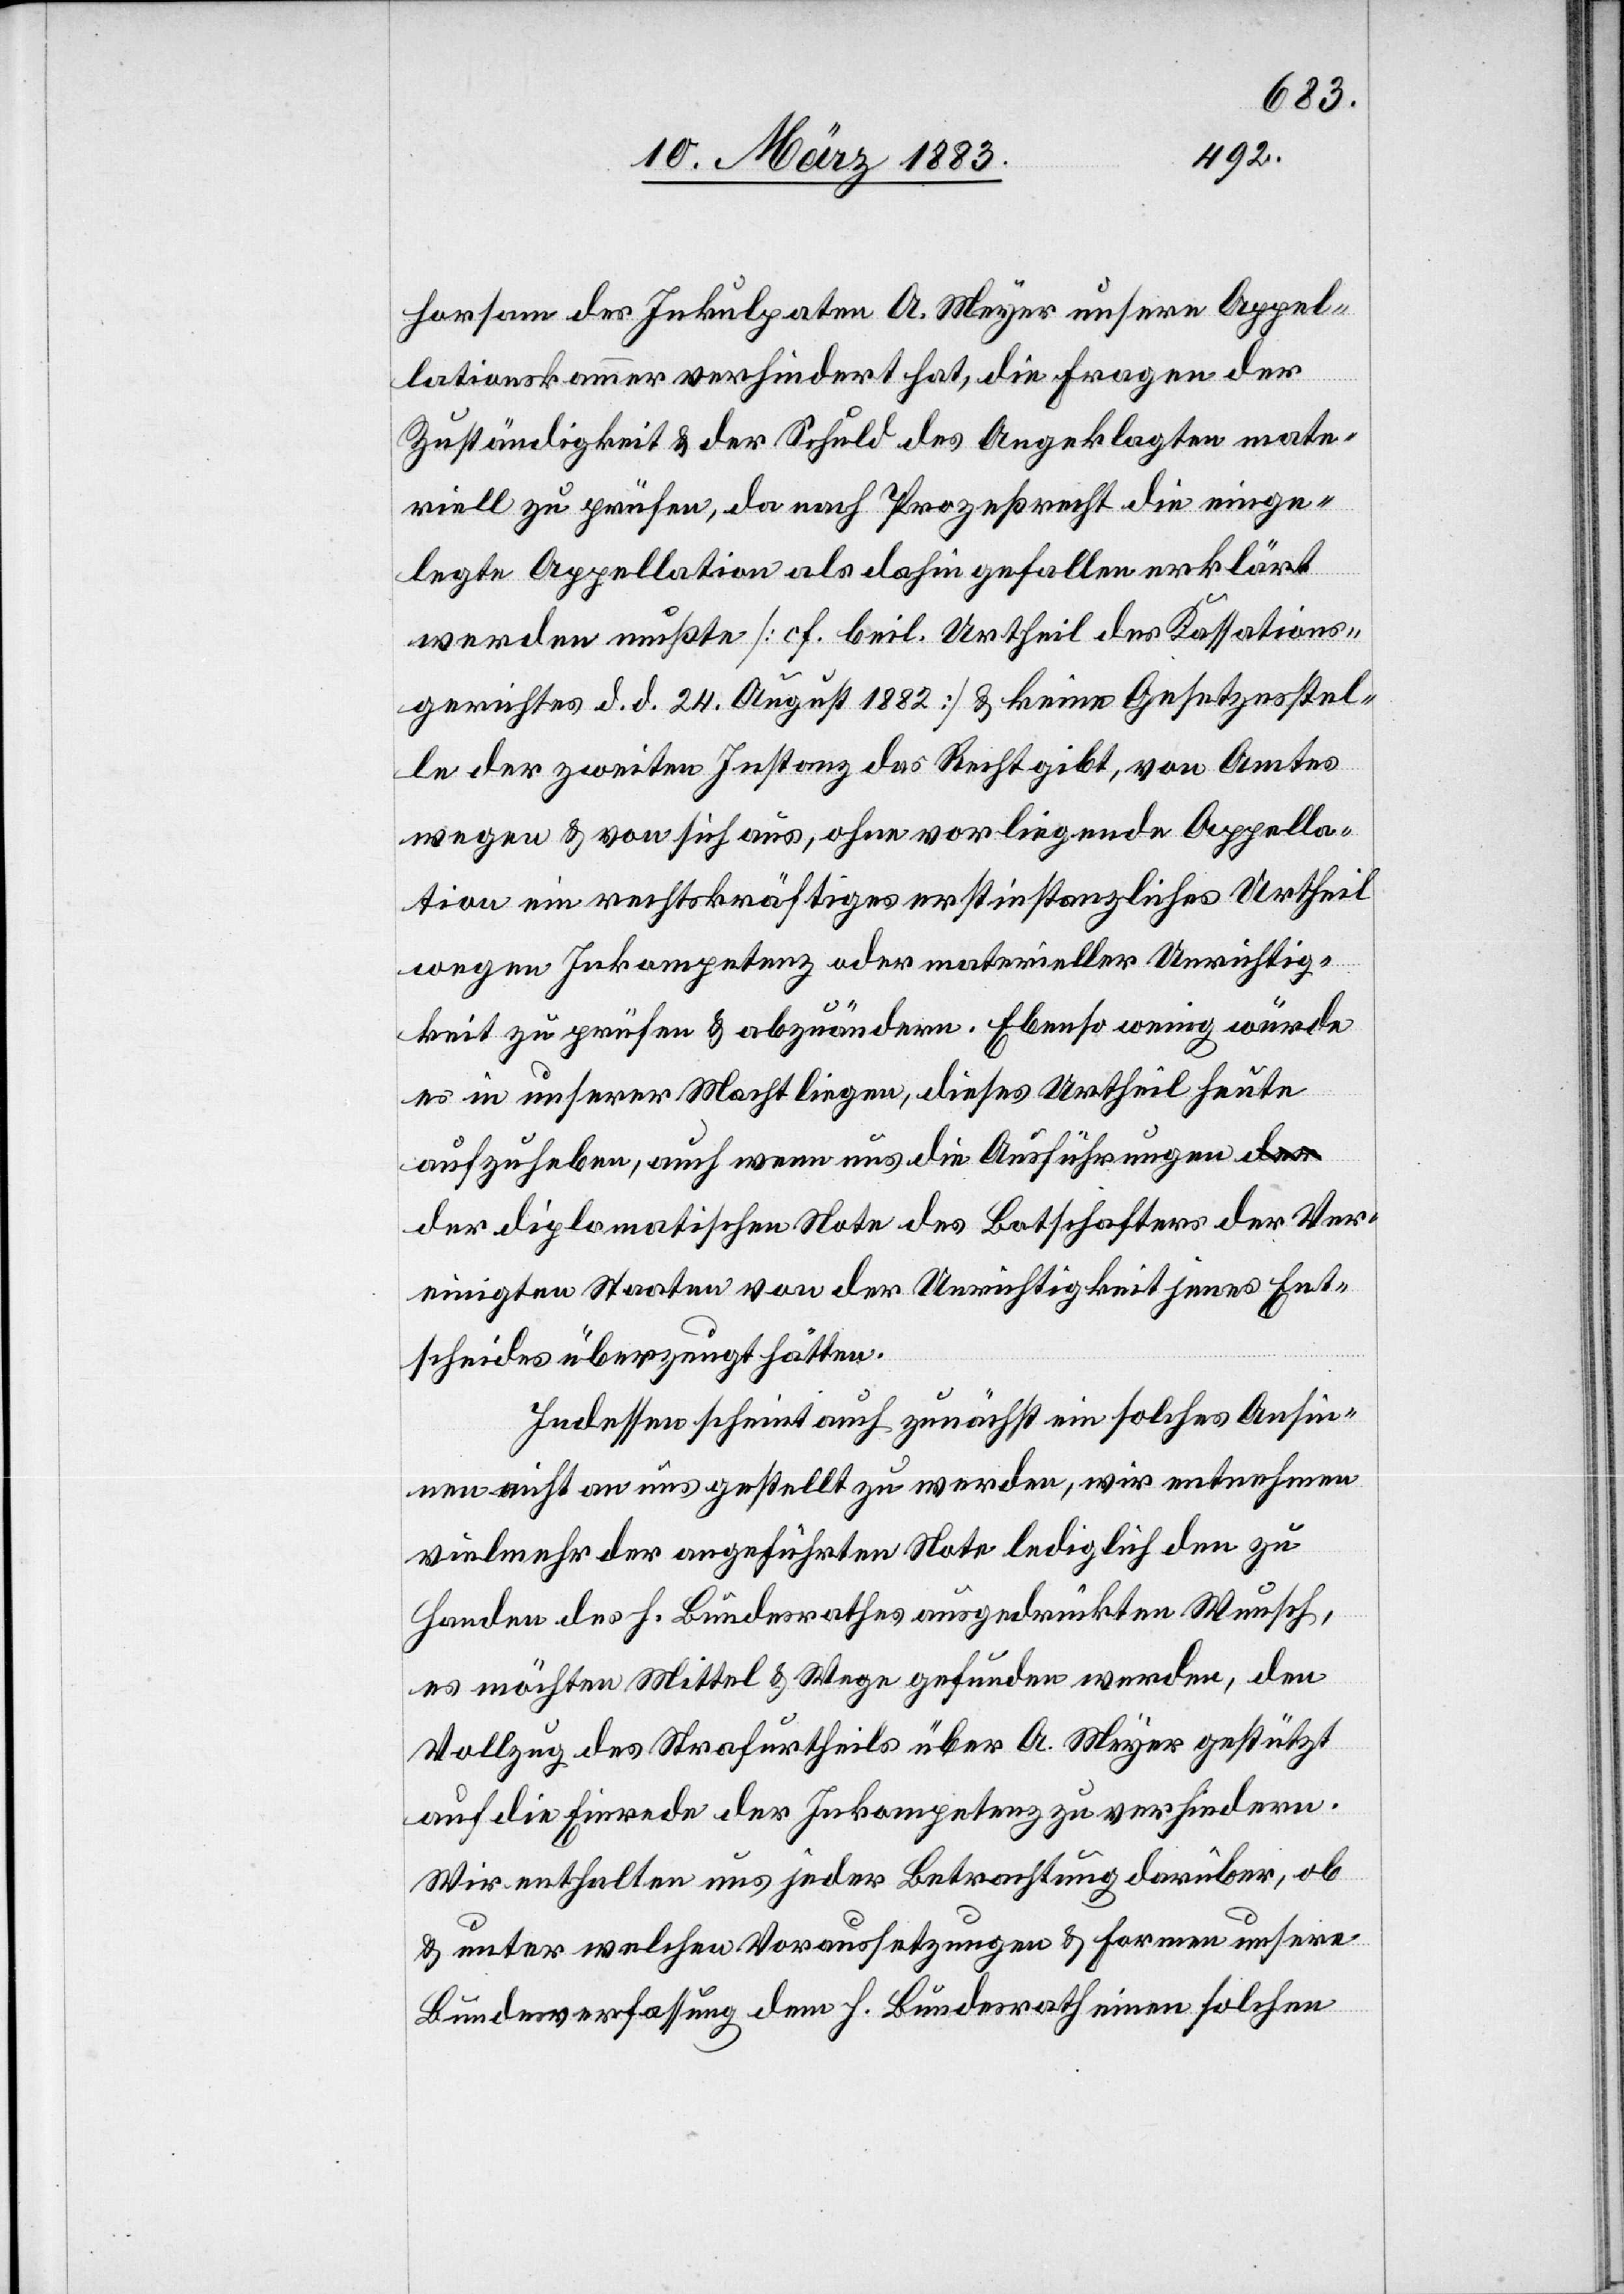
vom 20.
10. März 1883.]
Die